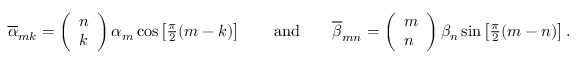
\begin{array} { r } { \overline { { \alpha } } _ { m k } = \left( \begin{array} { l } { n } \\ { k } \end{array} \right) \alpha _ { m } \cos \left[ \frac { \pi } { 2 } ( m - k ) \right] \qquad \mathrm { a n d } \qquad \overline { { \beta } } _ { m n } = \left( \begin{array} { l } { m } \\ { n } \end{array} \right) \beta _ { n } \sin \left[ \frac { \pi } { 2 } ( m - n ) \right] . } \end{array}